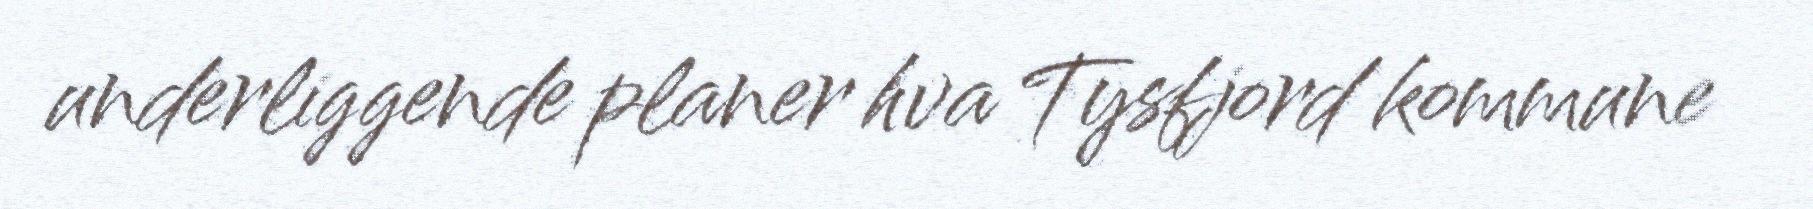
underliggende planer hva Tysfjord kommune